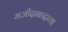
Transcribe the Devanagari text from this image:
मजीदाबादच्या